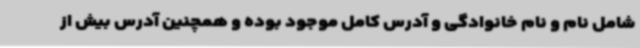
شامل نام و نام خانوادگی و آدرس کامل موجود بوده و همچنین آدرس بیش از